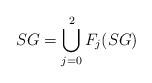
LaTeX: \begin{align*}SG = \bigcup_{j=0}^2 F_j(SG)\end{align*}